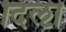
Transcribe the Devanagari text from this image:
दिऌी